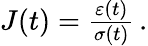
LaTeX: \begin{array}{r}{J(t)=\frac{\varepsilon(t)}{\sigma(t)}\, .}\end{array}